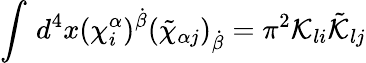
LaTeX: \int\, d^{4}x(\chi_{i}^{\alpha})^{\dot{\beta}}(\tilde{\chi}_{\alpha j})_{\dot{\beta}}=\pi^{2}{\cal K}_{li}\tilde{\cal K}_{lj}